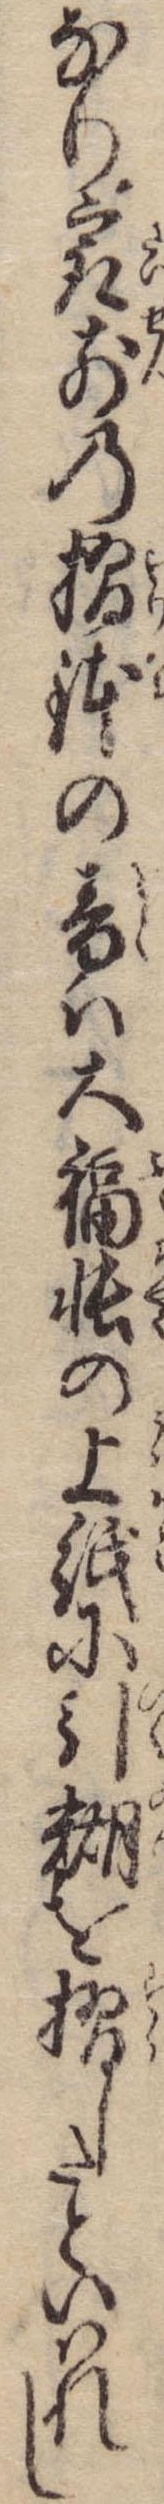
なり㝡前の摺鉢の音は大福帳の上紙に引糊を摺したといはれし